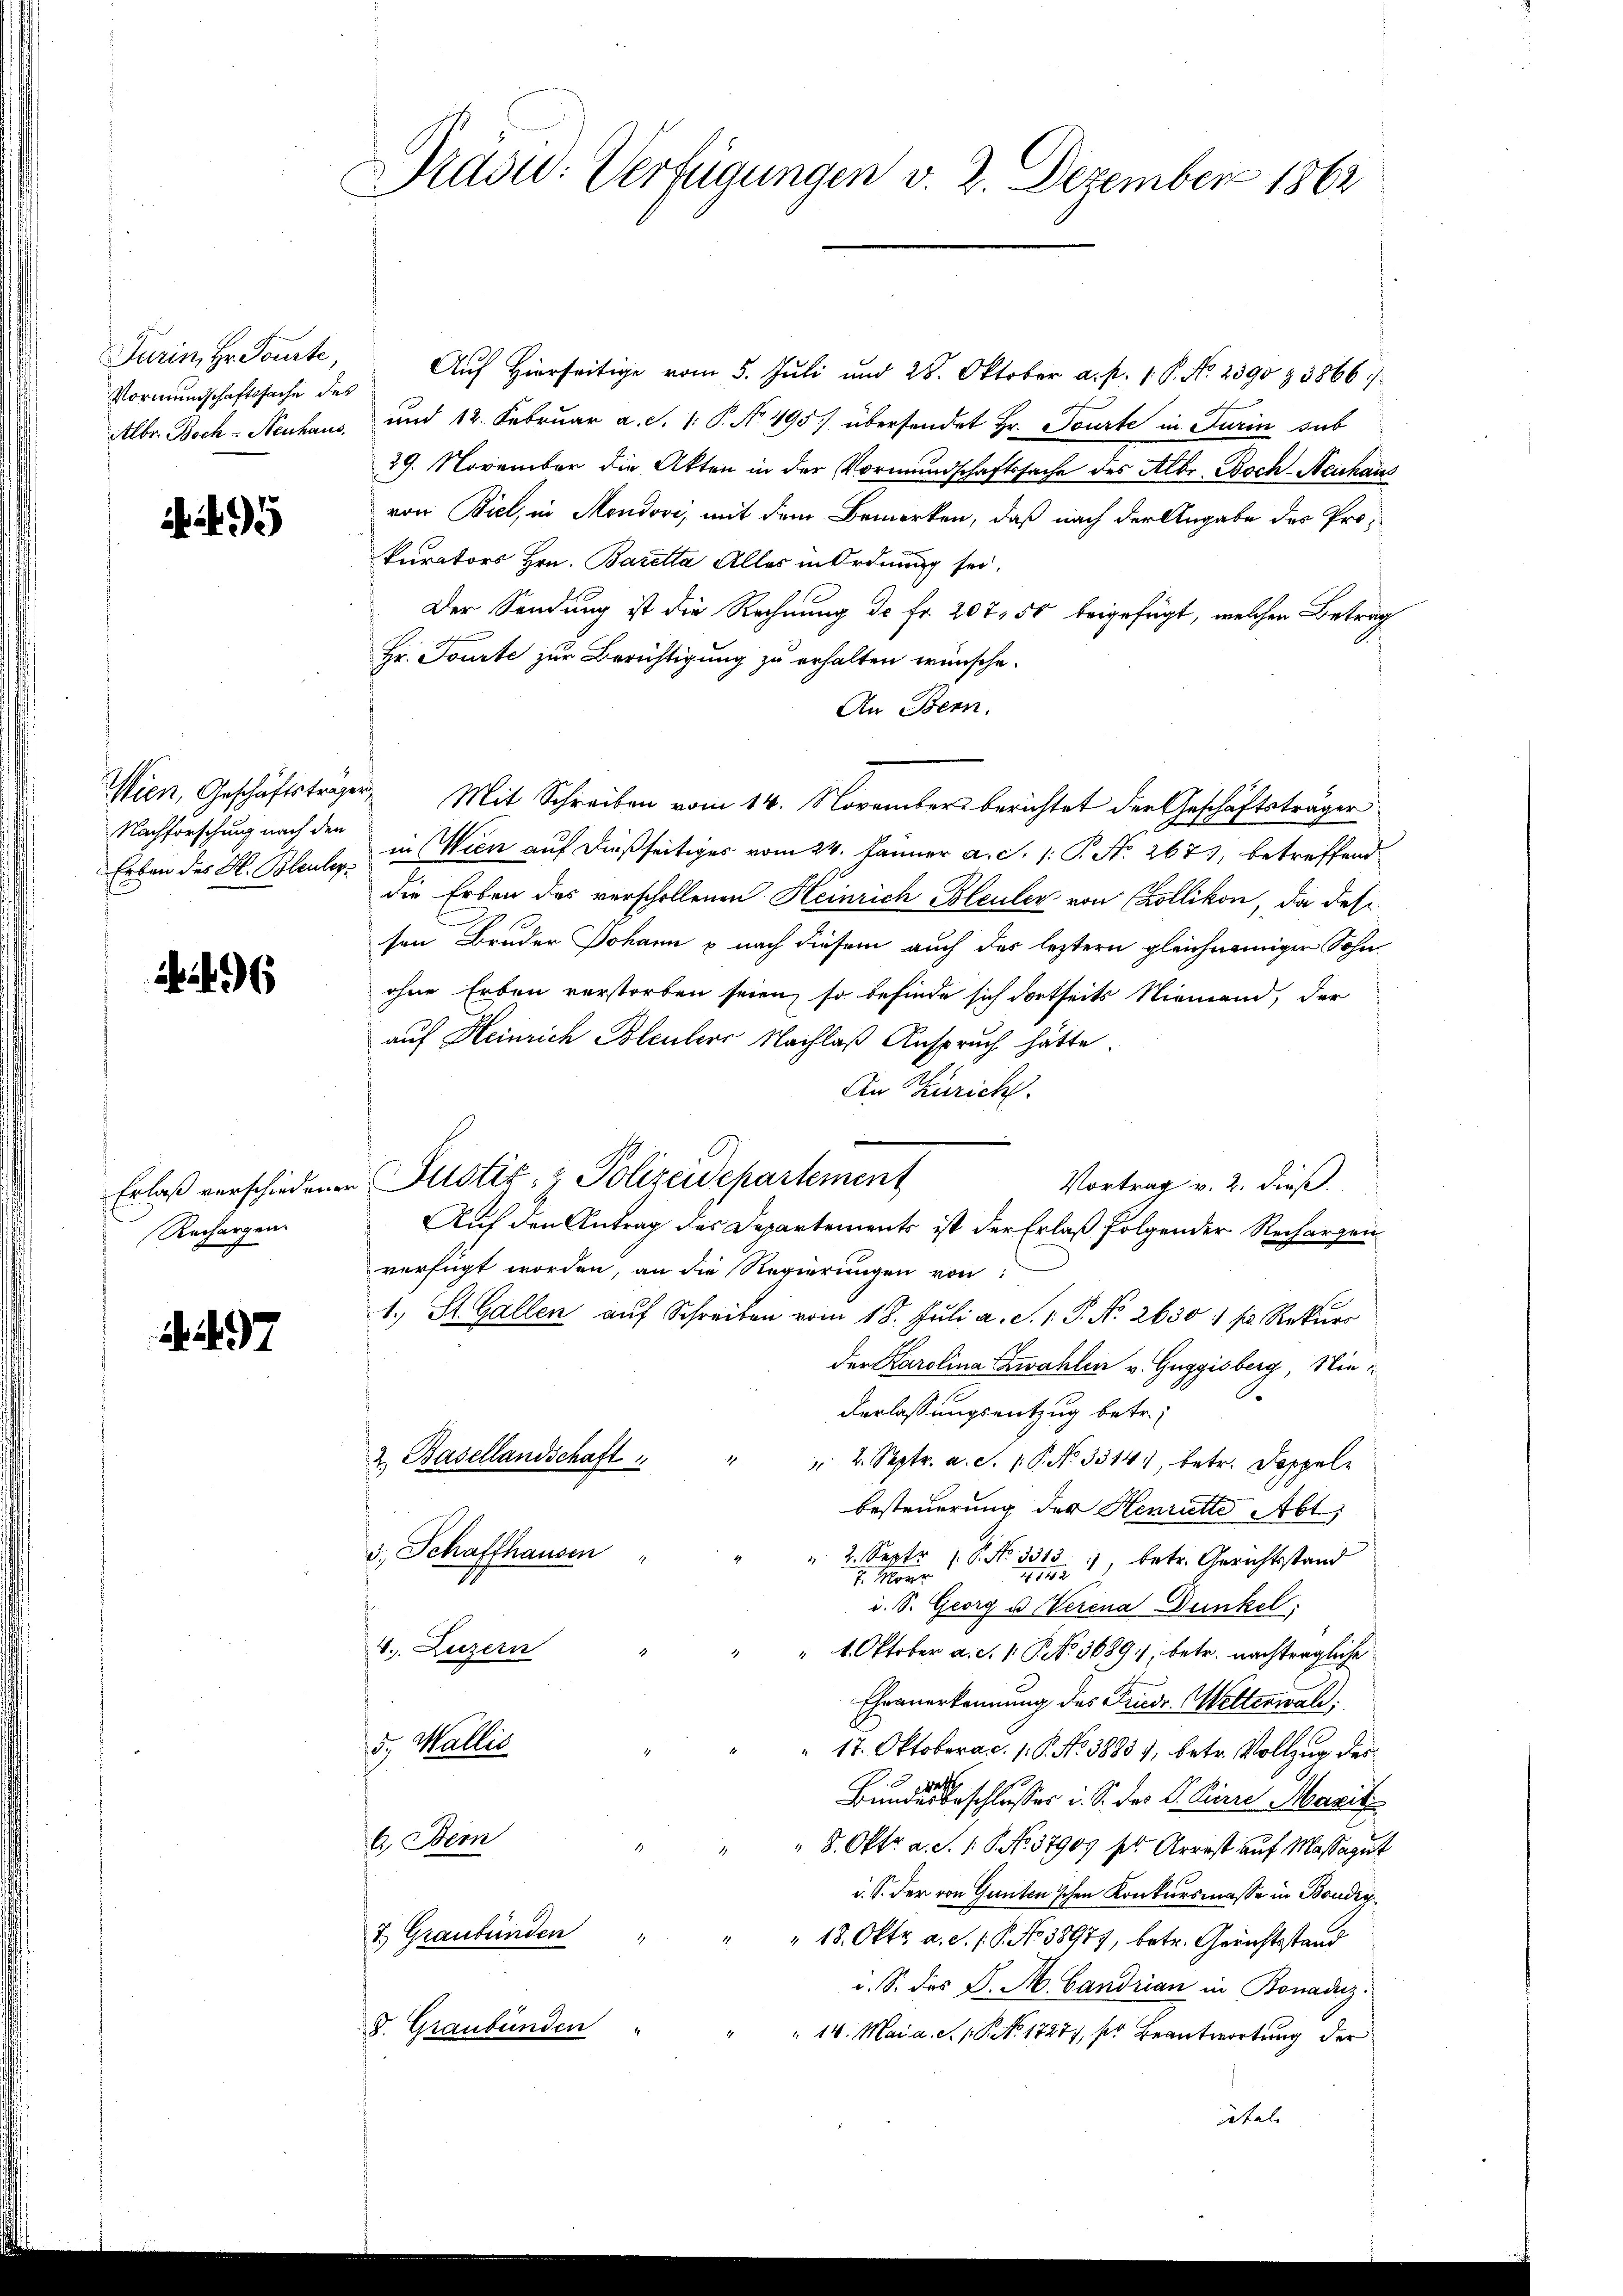
Turin, Hr. Tourte,
Vormundschaftssache des

495

Nachforschung nach den
Erben des H. Bleuler

6

Rechargen.

497

Prädu: Verfügungen v. 2. Dezember 1862

Auf hierseitige vom 5. Jŭli und 28. Oktober a. p. 1. P. No. 2390 & 3866
Albr. Boch-Neuhaus, und 12. Februar a. S. 1 P. No. 495) übersendet Hr. Tourte in Turin sub
29. November die Akten in der Vormundschaftssache des Albr. Boch-Neuhaus
von Biel, in Mendovi, mit dem Bemerken, daß nach der Angabe des Prokurators Hrn. Baretta Alles in Ordnung sei.
Der Sendung ist die Rechnung de Fr. 207, 50 beigefügt, welcher Betrag
Hr. Tourte zur Berichtigung zu erhalten wünsche.
An Bern.
Wien, Geschäftsträger Mit Schreiben vom 14. November berichtet der Geschäftsträger
in Wien auf dießseitiges vom 24. Jänner a. c. 1: P. Nr. 267), betreffend
die Erben des verschollenen Heinrich Bleuler von Collikon, da des
sen Bruder Johann p nach diesem auch des leztern gleichnamiger Sohn
ohne Erben verstorben seien, so befinde sich dortseits Niemand, der
auf Heinrich Bleuler Nachlaß Anspruch hätte.
An Zürich.
Erlaß verschiedener Justiz- & Polizeidepartement
Vortrag v. 2. dieß.
Auf den Antrag des Departements ist der Erlaß folgender Rechargen
verfügt worden, an die Regierungen von
1. St. Gallen aŭf Schreiben vom 18. Juli a. S. 1. P. No 2630 f. Rekurs
der Karolina Zwahlen v. Guggisberg, Nie¬
.
Verlassungsentzug betr.
2 Basellandschaft
 2. Septr. a. S. 1. P. Nr. 33141, betr. Doppelbesteuerung der Henratte Abt
3, Schaffhausen
" 2. Sept. 18. No 33.
), betr. Gerichtsstand
7. Mor
i. S. Georg u Verena Dunkel
4.. Luzern
" 4. Oktober a. d. 1. No. 3689), betr. nachträgliche
Ehranerkennung des Friedr. Wetterwal
5., Wallis
17. Oktobera c. 1. P. No. 38857, betr. Vollzug des
Bundesbeschlusses i. S. das P. Ferie Maril
A. Bern
 8. Okt. a. S. 16. No. 37907 s. Arrest auf Massagut
i. S. der von Gunten'schen Konkursmasse in Bondig¬
4 Graubünden " " " 18. Oktr. a. d. s. S. No 38979, betr. Gerichtsstand
i. S. des P. M. Candrian in Bonaduz.
d. Graubünden
 14. Mai a. c. p. 17277, so Beantwortung der
itel.